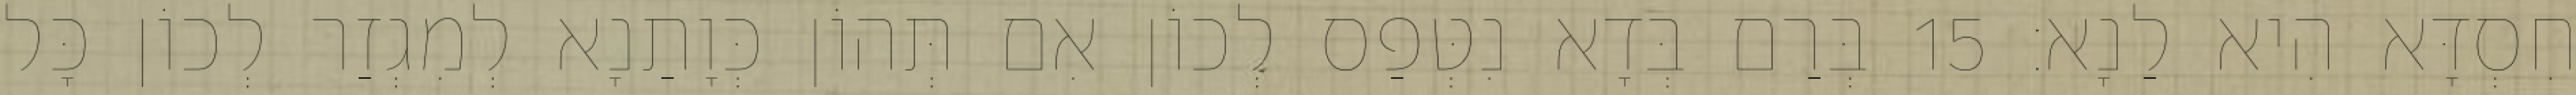
חִסְדָּא הִיא לַנָא׃ 15 בְּרַם בְּדָא נִטְּפַס לְכוֹן אִם תְּהוֹן כְּוָתַנָא לְמִגְזַר לְכוֹן כָּל